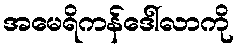
အမေရိကန်ဒေါ်လာကို